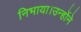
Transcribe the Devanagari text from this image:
निभाया।उन्होंने